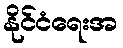
နိုင်ငံရေးအ